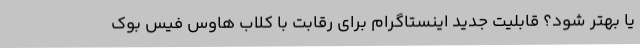
یا بهتر شود؟ قابلیت جدید اینستاگرام برای رقابت با کلاب هاوس فیس بوک